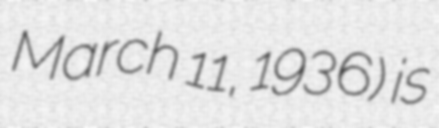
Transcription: March 11, 1936) is